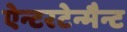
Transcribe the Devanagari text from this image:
ऐन्टरटेन्मैन्ट